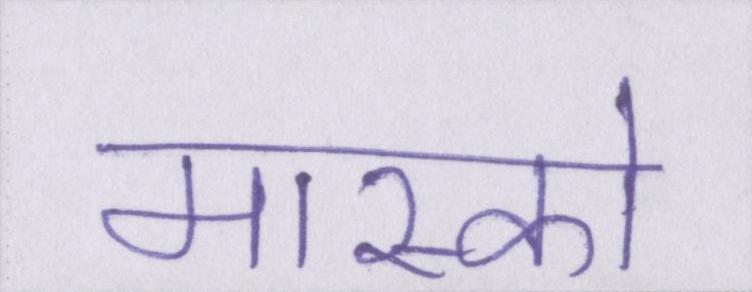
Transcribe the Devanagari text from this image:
मास्को